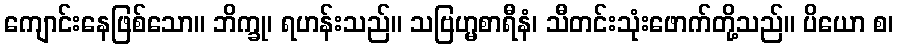
ကျောင်းနေဖြစ်သော။ ဘိက္ခု၊ ရဟန်းသည်။ သဗြဟ္မစာရီနံ၊ သီတင်းသုံးဖောက်တို့သည်။ ပိယော စ၊